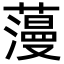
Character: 䕕